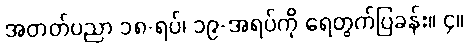
အတတ်ပညာ ၁၈-ရပ်၊ ၁၉-အရပ်ကို ရေတွက်ပြခန်း။ ၄။